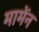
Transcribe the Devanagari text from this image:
मामेंन